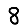
Digit: 8